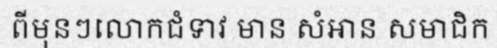
ពីមុនៗលោកជំទាវ មាន សំអាន សមាជិក